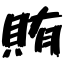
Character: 賄